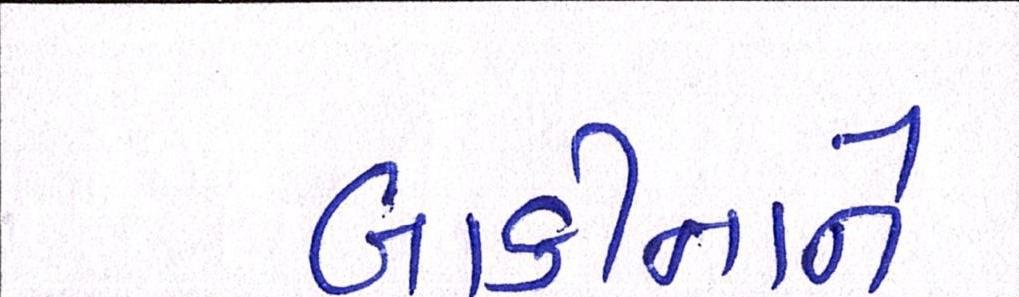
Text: બાકીનાને